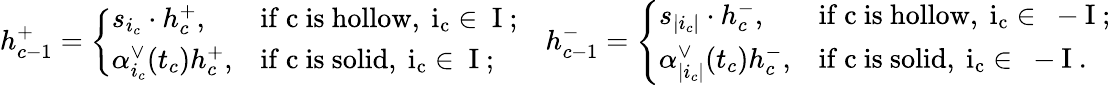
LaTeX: h_{c-1}^{+}=\left\{ \begin{array}{ll}{s_{i_{c}}\cdot h_{c}^{+},}&{\mathrm{if~c~is~hollow,~i_c\in~I~;}}\\ {\alpha_{i_{c}}^{\vee}(t_{c})h_{c}^{+},}&{\mathrm{if~c~is~solid,~i_c\in~I~;}}\end{array}\right.\quad h_{c-1}^{-}=\left\{ \begin{array}{ll}{s_{|i_{c}|}\cdot h_{c}^{-},}&{\mathrm{if~c~is~hollow,~i_c\in~-I~;}}\\ {\alpha_{|i_{c}|}^{\vee}(t_{c})h_{c}^{-},}&{\mathrm{if~c~is~solid,~i_c\in~-I~.}}\end{array}\right.